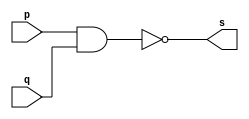
// -----------------------------------------------------------
// -- Exemplo0006 - 	NAND
// -- Nome:				Alexandre Palmieri Sad
// -- Matricula:		440265
// -----------------------------------------------------------

// -----------------------------------------------------------
// -- nand gate
// -----------------------------------------------------------
module nandgate (output s, input p, input q);
	assign s = ~(p & q);
endmodule // -- nandgate

// -----------------------------------------------------------
// -- teste nand gate
// -----------------------------------------------------------

module testNandGate;
	// ------------------------------------------- dados locais
		reg a, b;		// -- definir registradores
		wire s;			// -- definir conexao
		
	// ---------------------------------------------- instancia
		nandgate NAND1(s, a, b);
		
	// -------------------------------------------- preaparacao
		initial begin: start
			a = 0;
			b = 0;
		end
	
	// ----------------------------------------- parte principal
		initial begin
			$display("Exemplo0006 - Sad - 440265");
			$display("Teste NAND gate");
			$display("\n~(a & b) = s\n");
			a = 0;
			b = 0;
		#1 $display("~(%b & %b) = %b", a, b, s);
			a = 0;
			b = 1;
		#1 $display("~(%b & %b) = %b", a, b, s);
			a = 1;
			b = 0;
		#1 $display("~(%b & %b) = %b", a, b, s);
			a = 1;
			b = 1;
		#1 $display("~(%b & %b) = %b", a, b, s);
		end
endmodule